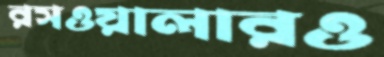
রসওয়ালারও